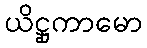
ယိဋ္ဌုကာမော